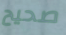
صحيح